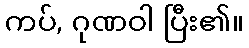
ကပ်, ဂုဏဝါ ပြီး၏။